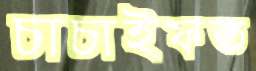
চাচাইফত